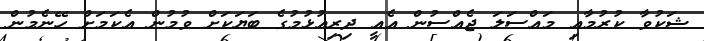
ޝަކުވާ ކުރުމާއި މައްސަލަ ޖެއްސުން އެއީ ދިރިއުޅުމުގެ ބަޔަކަށް ވުމުން އެކަމަށް ހޭނެމުން